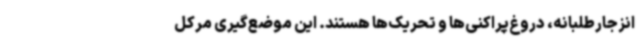
انزجارطلبانه، دروغ‌پراکنی‌ها و تحریک‌ها هستند. این موضع‌گیری مرکل